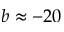
b \approx - 2 0